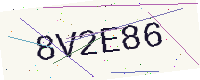
Text: 8V2E86